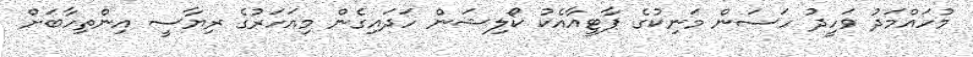
މުހައްމަދު ވަހީދު ހަސަން މަނިކުގެ ޕާޓީއާއެކު ކޯލިޝަން ހަދައިގެން މިއަހަރުގެ ރިޔާސީ އިންތިހާބަށް